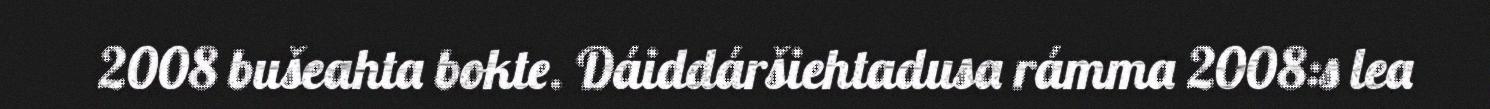
2008 bušeahta bokte. Dáiddáršiehtadusa rámma 2008:s lea